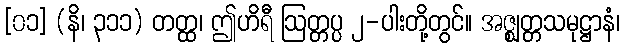
[၀၁] (နိ၊ ၃၁၁) တတ္ထ၊ ဤဟိရီ ဩတ္တပ္ပ ၂-ပါးတို့တွင်။ အဇ္ဈတ္တသမုဋ္ဌာနံ၊